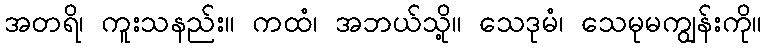
အတရိ၊ ကူးသနည်း။ ကထံ၊ အဘယ်သို့။ သေဒုမံ၊ သေမုမကျွန်းကို။